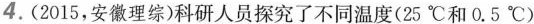
4. (2015，安徽理综)科研人员探究了不同温度(25℃和0.5℃)